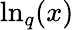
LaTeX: \ln_{q}(x)